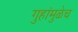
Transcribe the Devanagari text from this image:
गुहांमुळेच